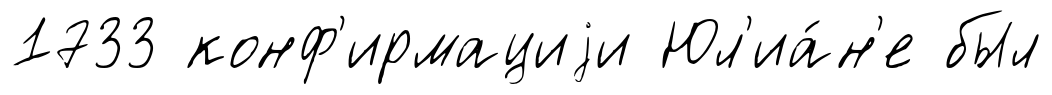
1733 конф'ирмациjи Юл'иа́н'е был